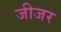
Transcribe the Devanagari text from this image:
जीजर